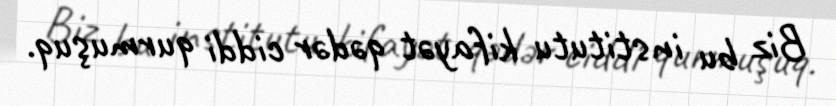
Biz bu institutu kifayət qədər ciddi qurmuşuq.